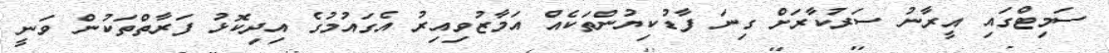
ސަމިޓްގައި އީރާނު ސަރުކާރަށް ގިނަ ފާޑުކިޔުންތަކެއް އަމާޒުވިއިރު އެގައުމުގެ އިދިކޮޅު ފަރާތްތަކުން ވަނީ